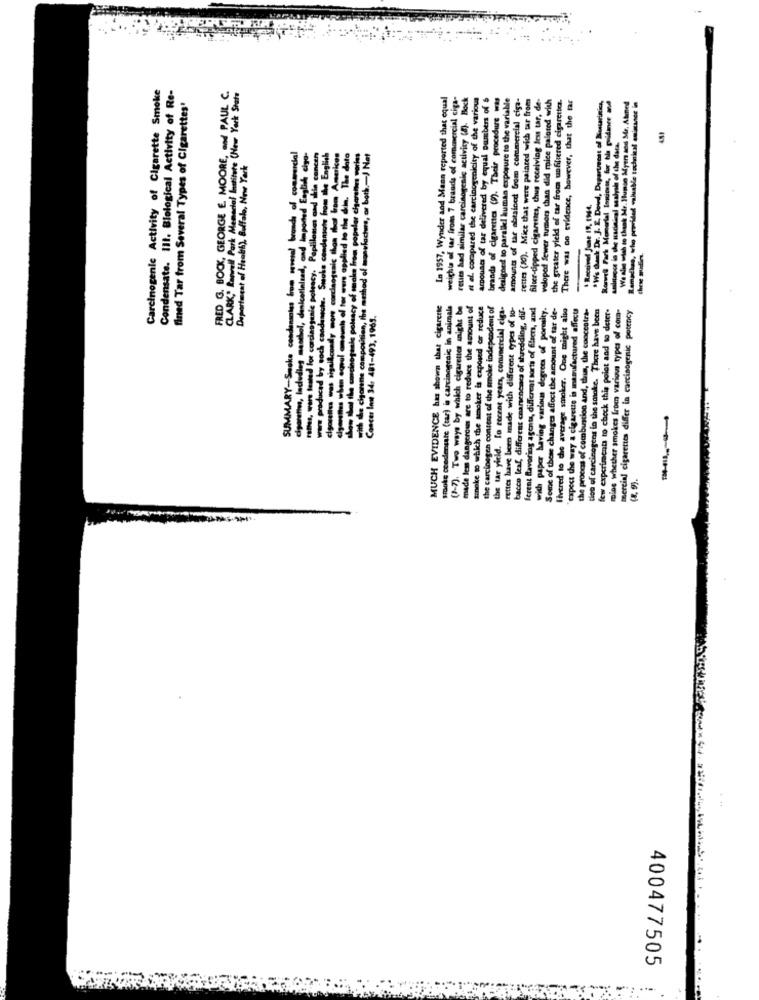
Carcinogenic Activity of Cigarette Smoke
Condensate. III. Blological Activity of Re-
fined Tar from Several Types of Cigarettes'
FRED G. BOCK, GEORGE E. MOORE, and PAUL C.
CLARK, Conwell Park Memorial Institute (New York State
In 1957, Wynder and Mann reported that equal
weight of tar from 7 brands of commercial ciga-
reuses had similar carcinogenic activity (8). Bock
et al. compared the carcinoyenicity of the various
amounts of tar delivered by equal numbers of $
brands of cigarettes (9). Their procedure was
designed to paralik! human exposure to the variable
amounts of tar obtained from commercial ciga-
rettes (10). Mice that were palared wich tar from
filter-dipped cigarettes, thus receiving less tar, de-
veloped fewer tumor than did mice paloted with
the greater yield of tar from unfiltered cigarettes.
There was no evidence, however, that the tar
*Ws theek Dr. J. E. Dowd, Department of Nostrimiss
Rorwel Fark Memorial Ingcinese, for his guidance and
Ramadhan, who provided valuable techniul issceci
We she wish to thank Mr. Hupso Myen sod Mr. Alined
substance in the uscinical saalysh of the data.
from the English
American
din. The date
Net
Department of Health), Buffalo, New York
· Received June 19, IN44.
westhol, danicetlalead, ond
carcinogenic poleacy. Poplila
ch condannata. Sucks condem
condy nowe corciaogsaic thon
atush of for eurs applied to
sale polacy of smaks From pop
position, the method of manvlad
==
these puden.
MUCH EVIDENCE has shown that cigarette
sooks condensate (tar) is carcinogenic in animals
(1-7). Two ways by which cigarettes might be
made les dangercan are to reduce the amount of
tineke to which the smoker is exposed or reduce
the carcinegen content of the smoke independent of
the tar yield. lo recent years, coninercial ciga-
have been made with different types of to-
bacco leaf, different chansencaes of shredding, dif-
ferent Bavoring agent, different sorts of filters, and
having various degrees of porosity.
Some of these changes affect the amount of tar de-
livered to the average smoker. One might also
"expect the way a cigarette is manufactured affects
the process of combuscion and, this, the concentra-
tion of carcinogens in the smoke. There have been
few experiments to check this point and to deter-
moins whether smokes from various types of com-
mercial cigarettes differ in carcinogenic potency
493, 1965.
independ
with paper having
400477505